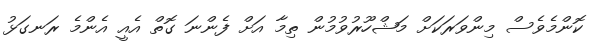
ކޮންމެވެސް މިންވަރަކަށް މަޝްހޫރުވުމުން ތިމާ އަށް ފެންނަ ގޮތް އެއީ އެންމެ ރަނގަޅު